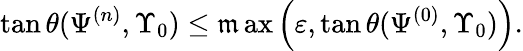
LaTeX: {\tan\theta(\Psi^{(n)},\Upsilon_{0})\leq\operatorname*{\mathfrak{m}ax}\left(\varepsilon,\tan\theta(\Psi^{(0)},\Upsilon_{0})\right).}